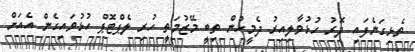
ތެޅިގަނެފައި ދޮރު ހުޅުވާލިއިރު ދެމީހުން ތިބީ މޭޒުމަތީ ހުރި ލެޕްޓޮޕް ހުޅުވައިގެން އެއަށް